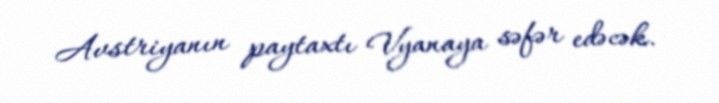
Avstriyanın paytaxtı Vyanaya səfər edəcək.